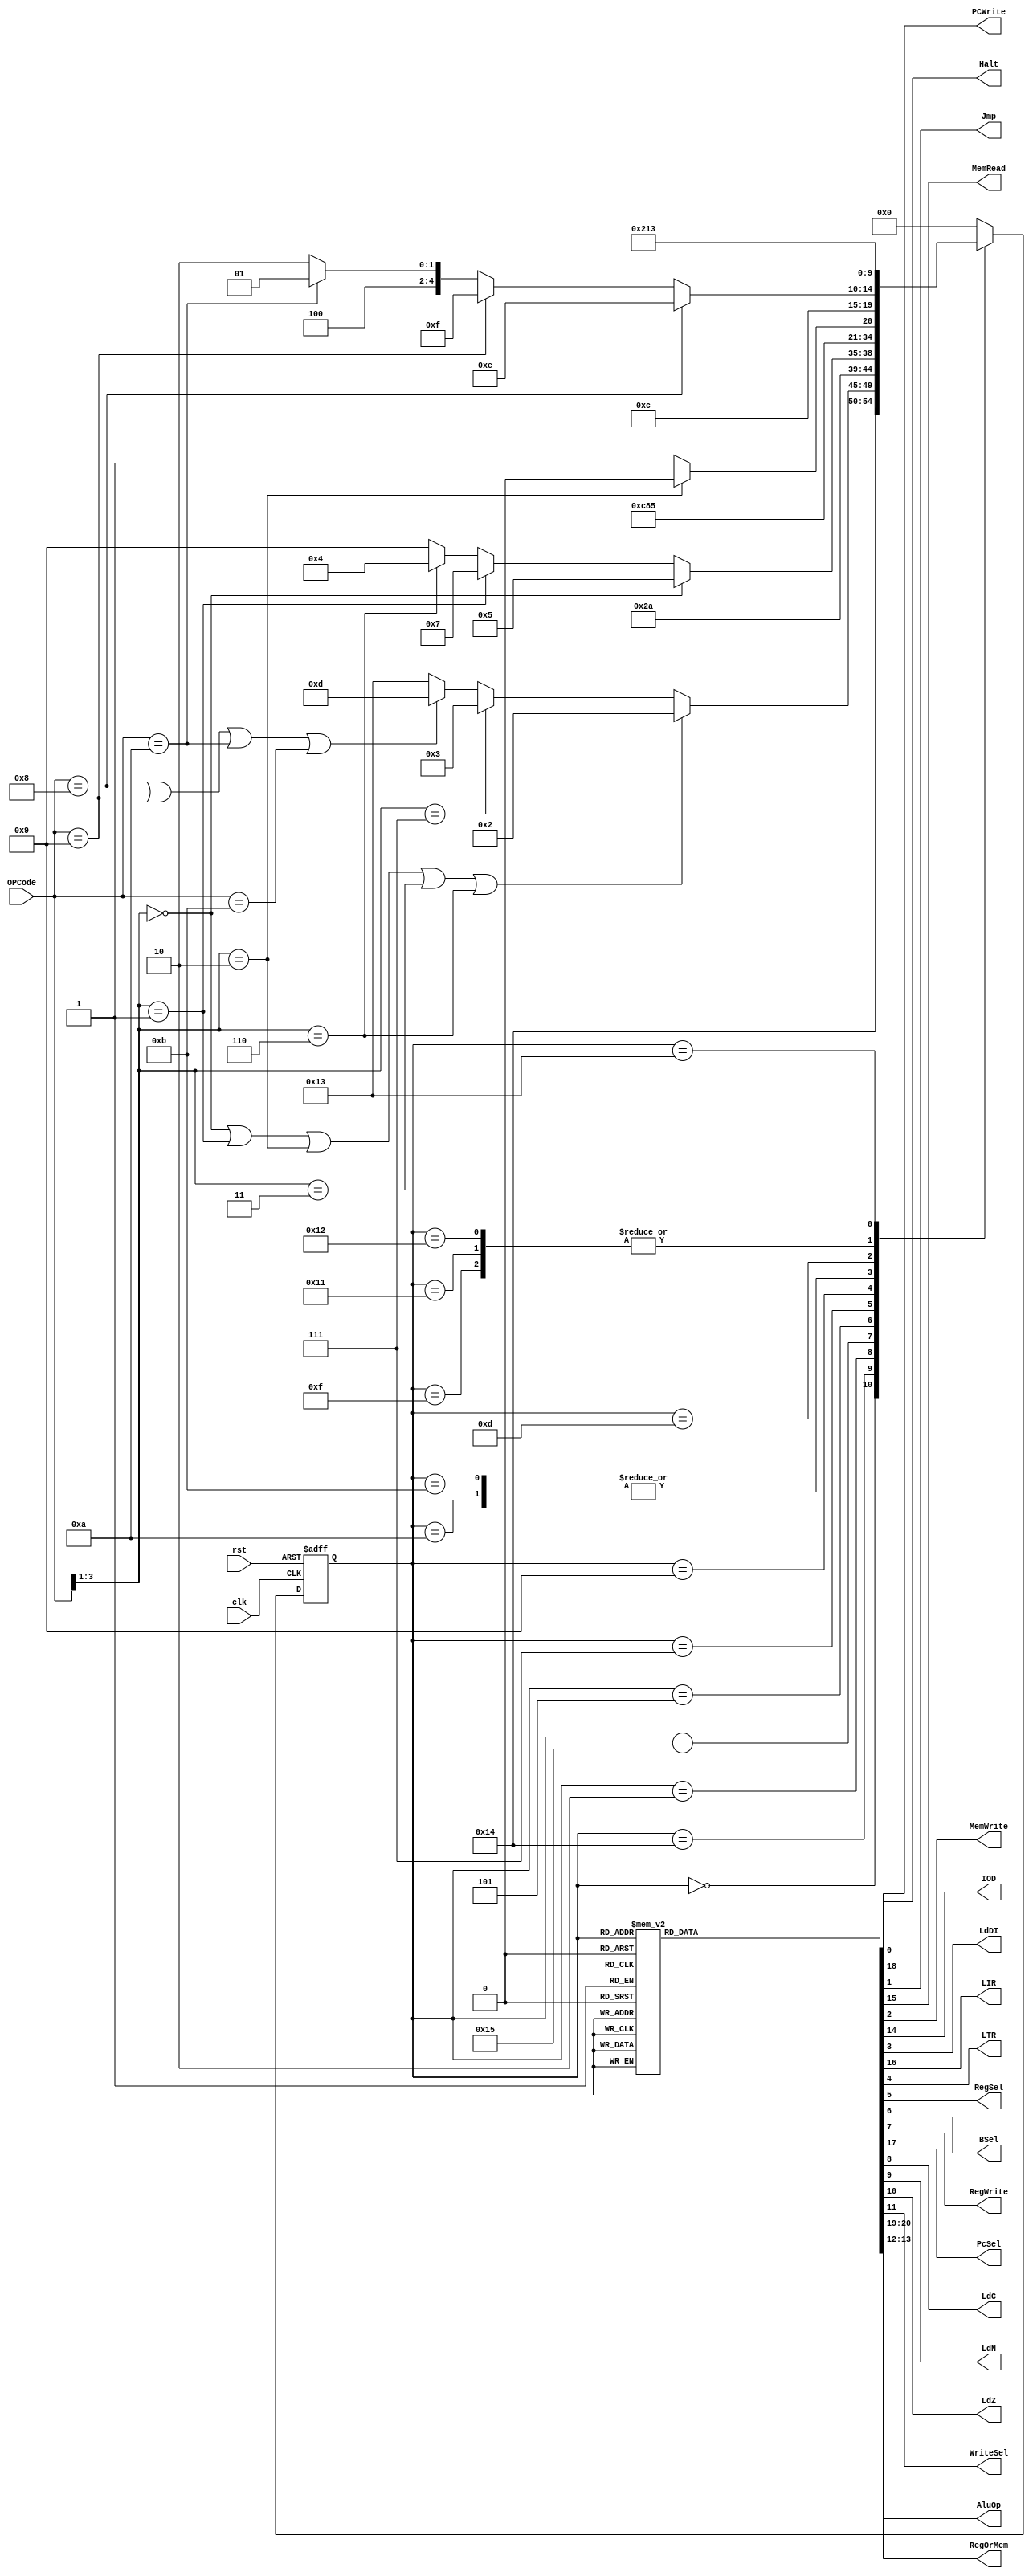
module Controller( input clk, rst, output reg Halt, PCWrite, Jmp, MemRead, MemWrite, IOD, LdDI, LIR, LTR, RegSel, 
                            BSel, RegWrite, PcSel, LdC, LdN, LdZ, WriteSel,output reg[1:0] AluOp ,  output reg[1:0] RegOrMem, input [3:0] OPCode);

  reg[4:0] ns, ps;
  parameter [4:0] IF1 = 5'd0, IF2 = 5'd2, DI = 5'd3, JMP = 5'd4, LDA1 = 5'd5, LDA2 = 5'd6, STA1 = 5'd7, STA2 = 5'd8,
            ADNA = 5'd9, CALADA = 5'd10, CALANA = 5'd11, SAVEREG1 = 5'd12, ACCDECODE = 5'd13, MVR = 5'd14, ADR = 5'd15,
            SAVEREG2 = 5'd16, ANR = 5'd17, ORR = 5'd18, HALT = 5'd19, ID1 = 5'd20, ID2 = 5'd21;
  
  
  always@(ps)begin
    ns = 5'b0;
    case(ps)
      IF1 : ns = ID1;
      ID1 : ns = (OPCode[3:1] == 3'b000 | OPCode[3:1] == 3'b001 | OPCode[3:1] == 3'b010 | OPCode[3:1] == 3'b011 | OPCode[3:1] == 3'b110) 
                ? IF2 : (OPCode[3:1] == 3'b111) ? DI : (OPCode == 4'b1000 | OPCode == 4'b1001 | OPCode == 4'b1010 | OPCode == 4'b1011)? ACCDECODE : HALT;
      IF2 : ns = ID2;
      ID2 : ns = (OPCode[3:1] == 3'b000) ? LDA1 : (OPCode[3:1] == 3'b001) ? STA1 :(OPCode[3:1] == 3'b110)?JMP : ADNA;
      DI : ns = IF1;
      JMP : ns = IF1;
      LDA1 : ns = LDA2;
      LDA2 : ns = IF1;
      STA1 : ns = STA2;
      STA2 : ns = IF1;
      ADNA : ns = (OPCode[3:1] == 3'b010) ? CALADA : CALANA ;
      CALADA : ns = SAVEREG1;
      CALANA : ns = SAVEREG1;
      SAVEREG1 : ns = IF1;
      ACCDECODE : ns = (OPCode == 4'b1000) ? MVR : (OPCode == 4'b1001) ? ADR : (OPCode == 4'b1010) ? ANR : ORR;
      MVR : ns = IF1;
      ADR : ns = SAVEREG2;
      ANR : ns = SAVEREG2;
      ORR : ns = SAVEREG2;
      SAVEREG2 : ns = IF1;
      HALT : ns = HALT;
      default : ns = IF1;
    endcase
  end

  always@(ps)begin
    Halt = 0 ;PCWrite = 0; Jmp = 0; MemRead = 0; MemWrite = 0; IOD = 0; LdDI = 0; LIR = 0; LTR = 0; RegSel = 0; 
    BSel = 0; RegWrite = 0; PcSel = 0; LdC = 0;LdN = 0; LdZ = 0; WriteSel = 0; AluOp = 2'b00 ; RegOrMem =  2'b0;
    case(ps)
      IF1 : begin IOD = 0 ; MemRead = 1; LIR = 1 ; PcSel = 0 ; PCWrite = 1; AluOp = 2'b00; end
      IF2 : begin IOD = 0 ; MemRead = 1; LTR = 1 ; PcSel = 0 ; PCWrite = 1; AluOp = 2'b00; end
      DI :  begin LdDI = 1 ; end
      JMP : begin Jmp = 1; PcSel = 1; end
      LDA1: begin IOD = 1; MemRead = 1; RegOrMem = 2'b00; end
      LDA2 : begin WriteSel = 0; RegWrite = 1; RegOrMem = 2'b00; RegWrite=1; end
      STA1 : begin RegSel = 0; end
      STA2 : begin MemWrite = 1; IOD = 1;end
      ADNA : begin RegSel = 0 ; MemRead = 1; IOD = 1; BSel = 1;end
      CALADA : begin BSel = 1; AluOp = 2'b00; LdC = 1; LdN = 1; LdZ = 1;end
      CALANA : begin BSel = 1; AluOp = 2'b01; LdN = 1; LdZ = 1;end
      SAVEREG1 : begin RegOrMem = 1; WriteSel = 0 ; RegWrite = 1 ;end
      ACCDECODE : begin RegSel = 1 ; end 
      MVR : begin RegWrite = 1; RegOrMem = 2'b10; WriteSel = 1; end
      ADR : begin BSel = 0 ; AluOp = 2'b00; LdC = 1; LdN = 1; LdZ = 1; end
      ANR : begin BSel = 0 ; AluOp = 2'b01; LdN = 1; LdZ = 1; end
      ORR : begin BSel = 0 ; AluOp = 2'b10; LdN = 1; LdZ = 1; end
      SAVEREG2 : begin RegOrMem = 2'b01; WriteSel = 1 ; RegWrite = 1; end
      default : begin Halt = 0 ;PCWrite = 0; Jmp = 0; MemRead = 0; MemWrite = 0; IOD = 0; LdDI = 0; LIR = 0; LTR = 0; RegSel = 0; 
                      BSel = 0; RegWrite = 0; PcSel = 0; LdC = 0;LdN = 0; LdZ = 0; WriteSel = 0; AluOp = 2'b00 ; RegOrMem =  2'b0; end
    endcase
    
  end
  
  always@(posedge clk, posedge rst) begin
    if(rst)
      ps <= 5'b0;
    else if(clk)
      ps <= ns;
  end
      


endmodule